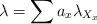
LaTeX: \begin{align*}\lambda = \sum a_{x} \lambda_{X_{x}}\end{align*}